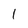
Character: 1